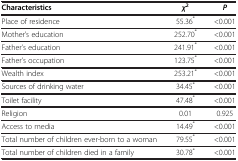
<table><thead><tr><td><b>Characteristics</b></td><td><b><i>χ</i><sup>2</sup></b></td><td><b><i>P</i></b></td></tr></thead><tbody><tr><td>Place of residence</td><td>55.36<sup>*</sup></td><td>&lt;0.001</td></tr><tr><td>Mother’s education</td><td>252.70<sup>*</sup></td><td>&lt;0.001</td></tr><tr><td>Father’s education</td><td>241.91<sup>*</sup></td><td>&lt;0.001</td></tr><tr><td>Father’s occupation</td><td>123.75<sup>*</sup></td><td>&lt;0.001</td></tr><tr><td>Wealth index</td><td>253.21<sup>*</sup></td><td>&lt;0.001</td></tr><tr><td>Sources of drinking water</td><td>34.45<sup>*</sup></td><td>&lt;0.001</td></tr><tr><td>Toilet facility</td><td>47.48<sup>*</sup></td><td>&lt;0.001</td></tr><tr><td>Religion</td><td>0.01</td><td>0.925</td></tr><tr><td>Access to media</td><td>14.49<sup>*</sup></td><td>&lt;0.001</td></tr><tr><td>Total number of children ever-born to a woman</td><td>79.55<sup>*</sup></td><td>&lt;0.001</td></tr><tr><td>Total number of children died in a family</td><td>30.78<sup>*</sup></td><td>&lt;0.001</td></tr></tbody></table>